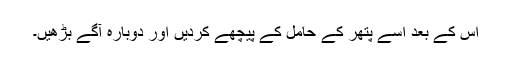
اس کے بعد اسے پتھر کے حامل کے پیچھے کردیں اور دوبارہ آگے بڑھیں۔